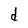
Character: d